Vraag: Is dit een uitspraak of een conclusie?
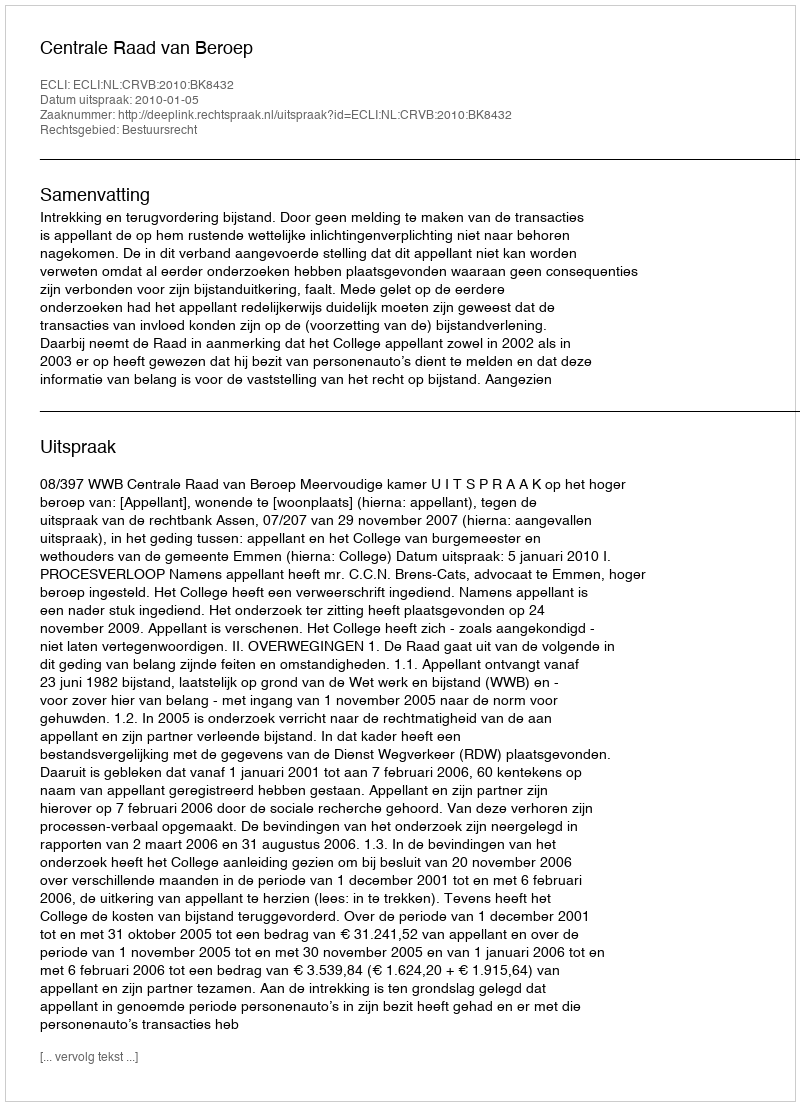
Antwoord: Uitspraak